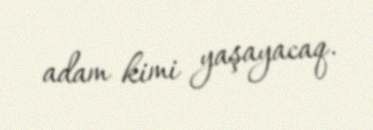
adam kimi yaşayacaq.